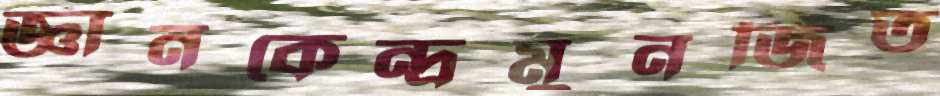
জ্ঞানকেন্দ্রমুনজিত